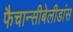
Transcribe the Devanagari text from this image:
फैचान्सीबेलीडांस